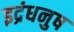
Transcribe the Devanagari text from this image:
इद्रंधनुष